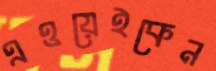
এওয়েইকেন